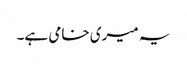
یہ میری خامی ہے۔